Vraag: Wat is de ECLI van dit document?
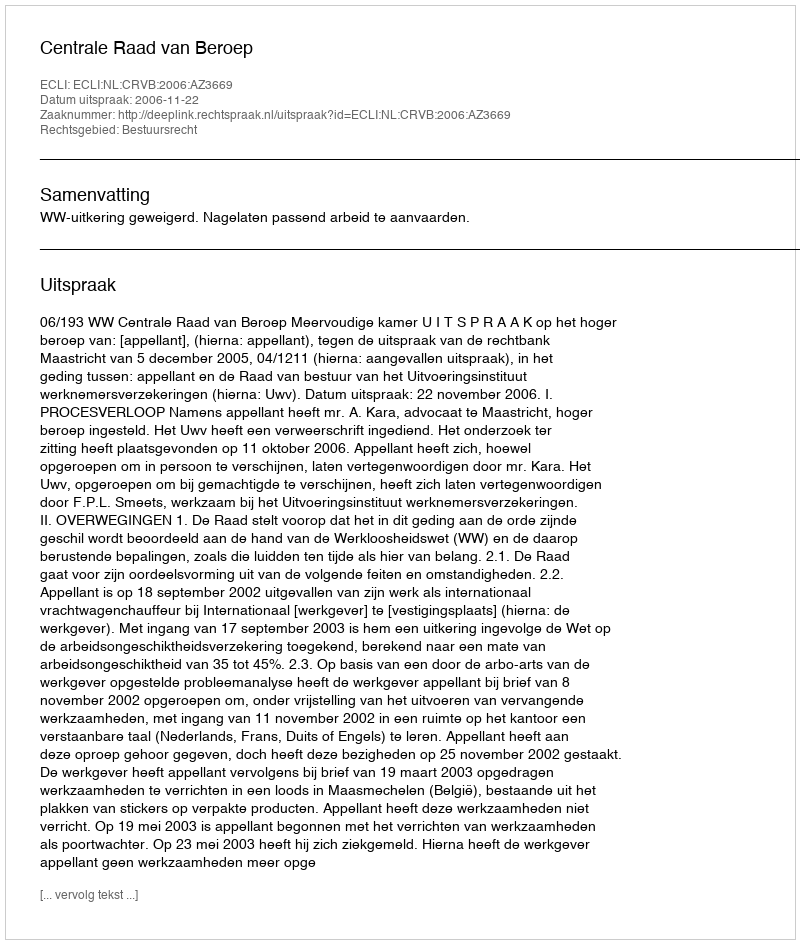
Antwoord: ECLI:NL:CRVB:2006:AZ3669